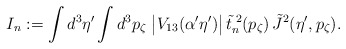
\begin{align*}I_n := \int d^3 \eta' \int d^3 p_\zeta \; \bigl| V_{13}(\alpha' \eta')\bigr| \,{\tilde t}^{\; 2}_n (p_\zeta) \, {\tilde J}^2 (\eta', p_\zeta) . \end{align*}